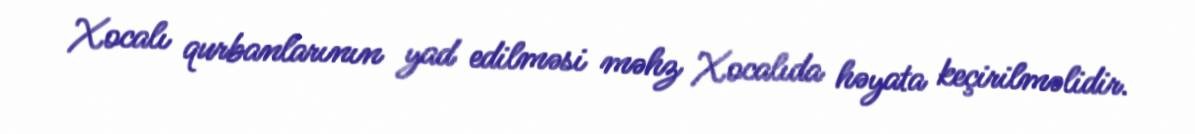
Xocalı qurbanlarının yad edilməsi məhz Xocalıda həyata keçirilməlidir.